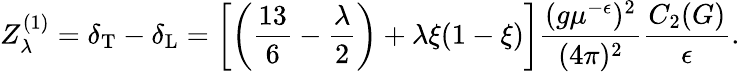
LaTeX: Z_{\lambda}^{(1)}=\delta_{\mathrm{T}}-\delta_{\mathrm{L}}=\left[\left(\frac{13}6-\frac\lambda 2\right)+\lambda\xi(1-\xi)\right]\frac{(g\mu^{-\epsilon})^{2}}{(4\pi)^{2}}\frac{C_{2}(G)}{\epsilon}.